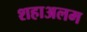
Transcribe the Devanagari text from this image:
शहाअलम